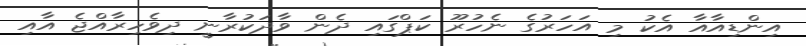
އިންޑިއާއާ އެކު މި އަހަރުގެ ނެހުރޫ ކަޕްގައި ދެން ވާދަކުރާނީ ދިވެހިރާއްޖެ އާއި